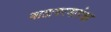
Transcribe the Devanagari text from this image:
वातावरणापेक्षा